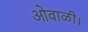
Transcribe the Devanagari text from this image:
ओवाळी।